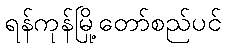
ရန်ကုန်မြို့တော်စည်ပင်